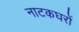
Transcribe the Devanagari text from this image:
नाटकघरों